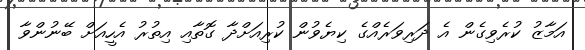
އަމާޒު ކުރެވިގެން އެ ދަރިވަރެއްގެ ކިޔެވުން ކުރިއަށްދާ ގޮތާއި އިތުރު އެހީއަށް ބޭނުންވާ